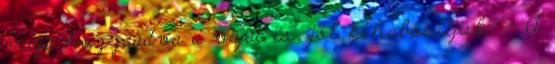
majd hozzáadva a vajat is, jól kihabosítjuk. - A